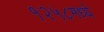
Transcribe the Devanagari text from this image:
१२५८मध्ये